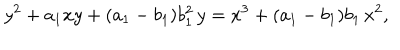
LaTeX: y ^ { 2 } + a _ { 1 } x y + ( a _ { 1 } - b _ { 1 } ) b _ { 1 } ^ { 2 } \, y = x ^ { 3 } + ( a _ { 1 } - b _ { 1 } ) b _ { 1 } \, x ^ { 2 } ,